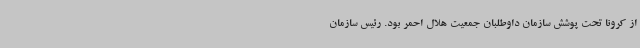
از کرونا تحت پوشش سازمان داوطلبان جمعیت هلال احمر بود. رئیس سازمان